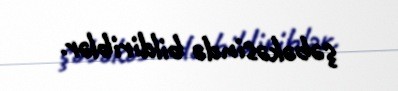
şəbəkəsində bildiriblər.